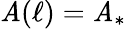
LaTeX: \mathit{A}(\ell)=\mathit{A}_{*}